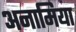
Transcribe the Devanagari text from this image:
अनामिया